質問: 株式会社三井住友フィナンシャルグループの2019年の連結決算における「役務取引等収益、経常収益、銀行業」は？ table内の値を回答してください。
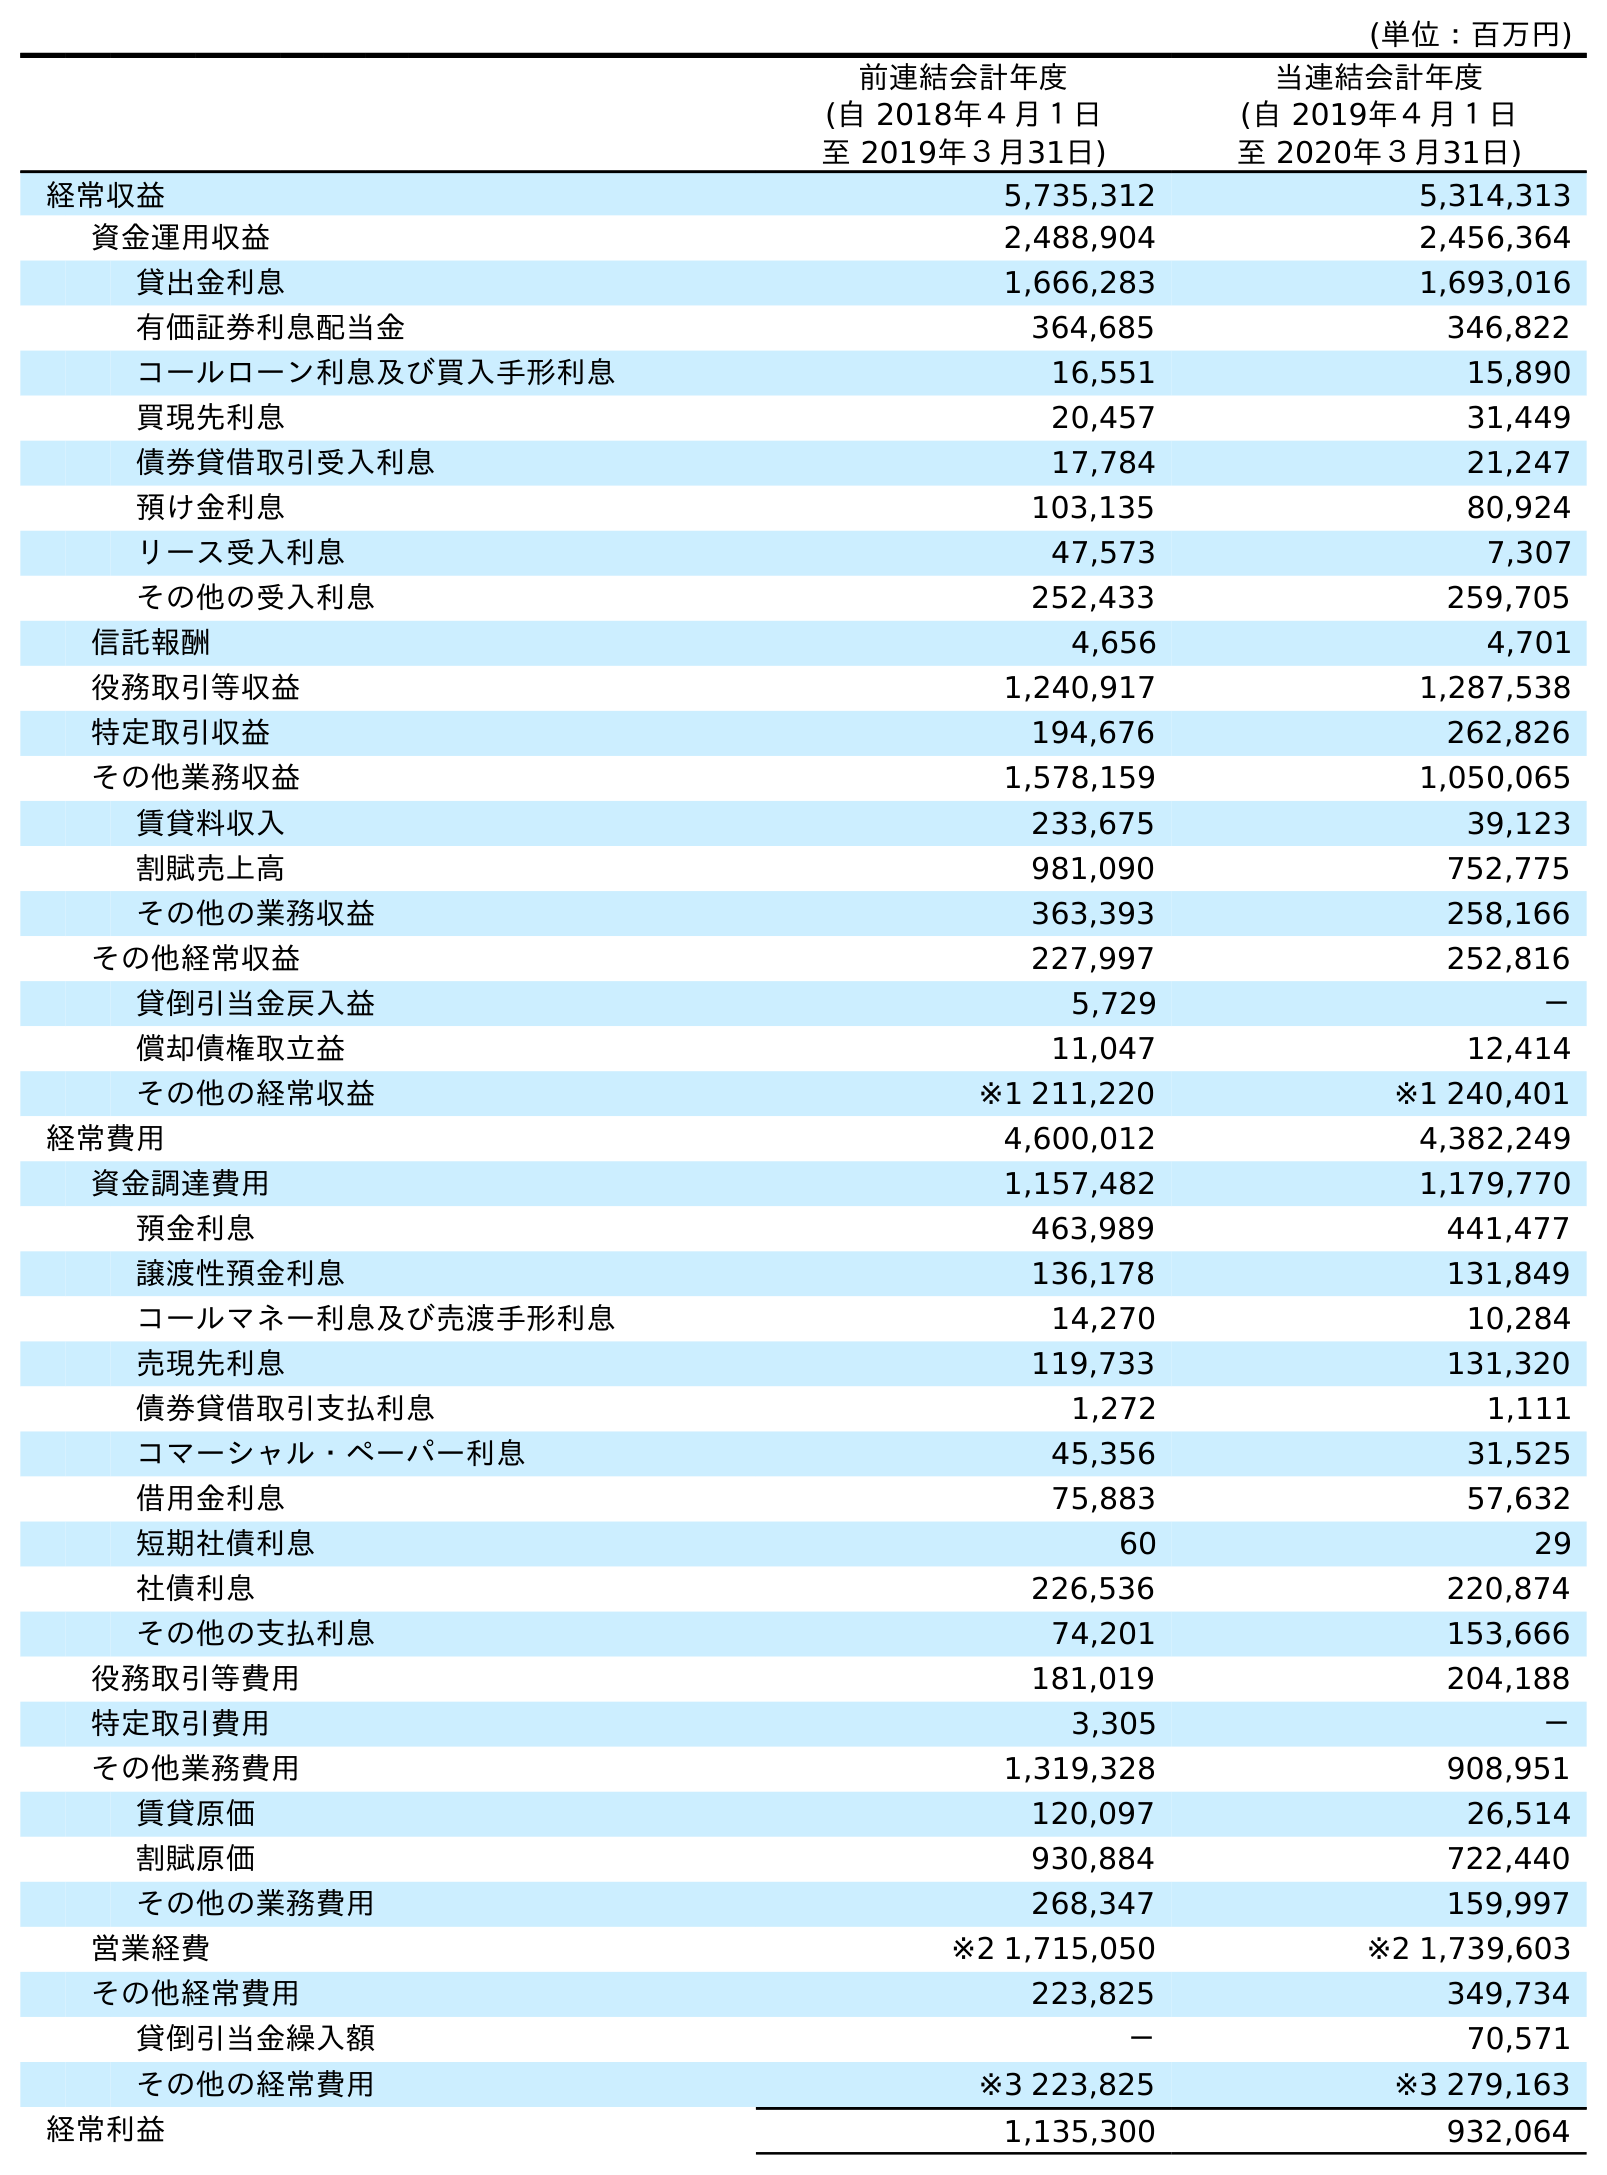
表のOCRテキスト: (単位：百万円) 前連結会計年度 (自 2018年４月１日 至 2019年３月31日) 当連結会計年度 (自 2019年４月１日 至 2020年３月31日) 経常収益 5,735,312 5,314,313 資金運用収益 2,488,904 2,456,364 貸出金利息 1,666,283 1,693,016 有価証券利息配当金 364,685 346,822 コールローン利息及び買入手形利息 16,551 15,890 買現先利息 20,457 31,449 債券貸借取引受入利息 17,784 21,247 預け金利息 103,135 80,924 リース受入利息 47,573 7,307 その他の受入利息 252,433 259,705 信託報酬 4,656 4,701 役務取引等収益 1,240,917 1,287,538 特定取引収益 194,676 262,826 その他業務収益 1,578,159 1,050,065 賃貸料収入 233,675 39,123 割賦売上高 981,090 752,775 その他の業務収益 363,393 258,166 その他経常収益 227,997 252,816 貸倒引当金戻入益 5,729 － 償却債権取立益 11,047 12,414 その他の経常収益 ※1 211,220 ※1 240,401 経常費用 4,600,012 4,382,249 資金調達費用 1,157,482 1,179,770 預金利息 463,989 441,477 譲渡性預金利息 136,178 131,849 コールマネー利息及び売渡手形利息 14,270 10,284 売現先利息 119,733 131,320 債券貸借取引支払利息 1,272 1,111 コマーシャル・ペーパー利息 45,356 31,525 借用金利息 75,883 57,632 短期社債利息 60 29 社債利息 226,536 220,874 その他の支払利息 74,201 153,666 役務取引等費用 181,019 204,188 特定取引費用 3,305 － その他業務費用 1,319,328 908,951 賃貸原価 120,097 26,514 割賦原価 930,884 722,440 その他の業務費用 268,347 159,997 営業経費 ※2 1,715,050 ※2 1,739,603 その他経常費用 223,825 349,734 貸倒引当金繰入額 － 70,571 その他の経常費用 ※3 223,825 ※3 279,163 経常利益 1,135,300 932,064
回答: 1,240,917